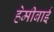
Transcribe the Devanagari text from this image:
हेमीबाई